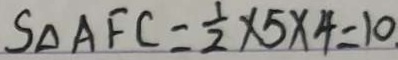
S _ { \Delta } A F C = \frac { 1 } { 2 } \times 5 \times 4 = 1 0